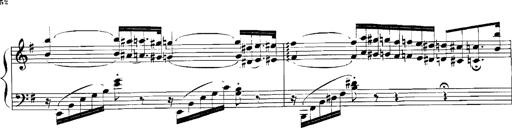
Title: Rhapsodies hongroises
Composer: Franz Liszt